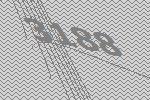
3188